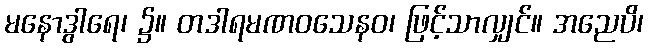
မနောဒွါရေ၊ ၌။ တဒါရမဏဝသေနဝ၊ ဖြင့်သာလျှင်။ အညေပိ၊